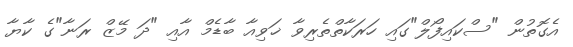
އެގޮތުން "ސްކައިފޯލް"ގައި ހަރަކާތްތެރިވާ ޚަވިއާ ބާޑެމް އާއި "ދަ މޭޒް ރަނާ"ގެ ކާޔާ